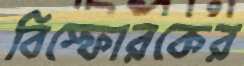
বিস্ফোরকের